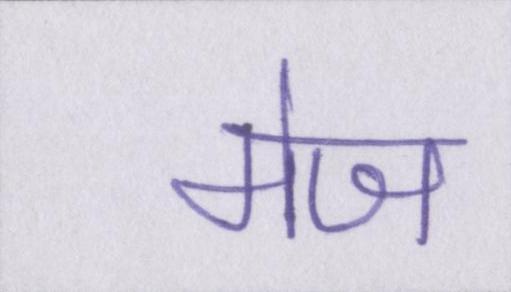
मेज